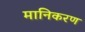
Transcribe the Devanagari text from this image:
मानिकरण